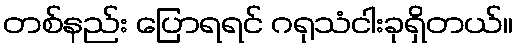
တစ်နည်း ပြောရရင် ဂရုသံငါးခုရှိတယ်။